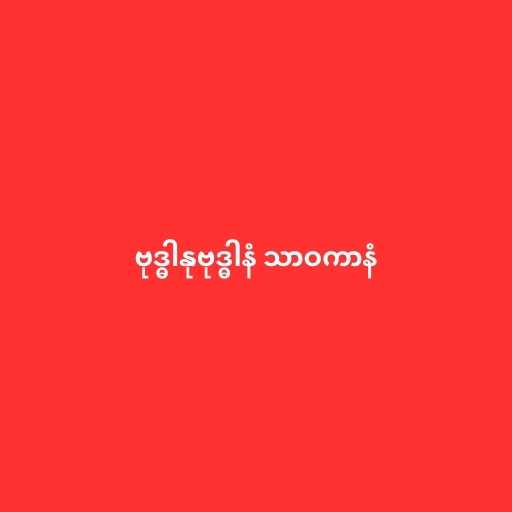
ဗုဒ္ဓါနုဗုဒ္ဓါနံ သာဝကာနံ